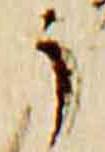
了